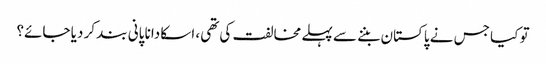
تو کیا جس نے پاکستان بننے سے پہلے مخالفت کی تھی، اسکا دانا پانی بند کر دیا جائے؟